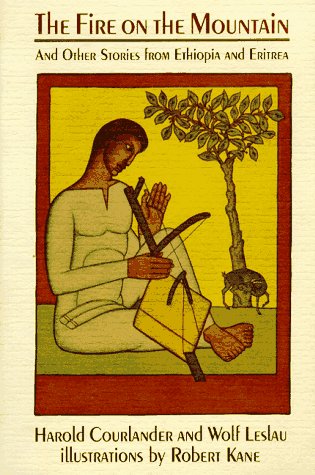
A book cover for The Fire on the Mountain, and Other Stories from Ethiopia and Eritrea (An Owlet Book); Harold Courlander; History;